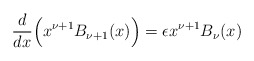
\begin{align*} \frac{d}{dx}\Big(x^{\nu+1}B_{\nu+1}(x)\Big)=\epsilon x^{\nu+1}B_\nu(x)\end{align*}